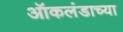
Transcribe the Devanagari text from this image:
ऑकलंडाच्या